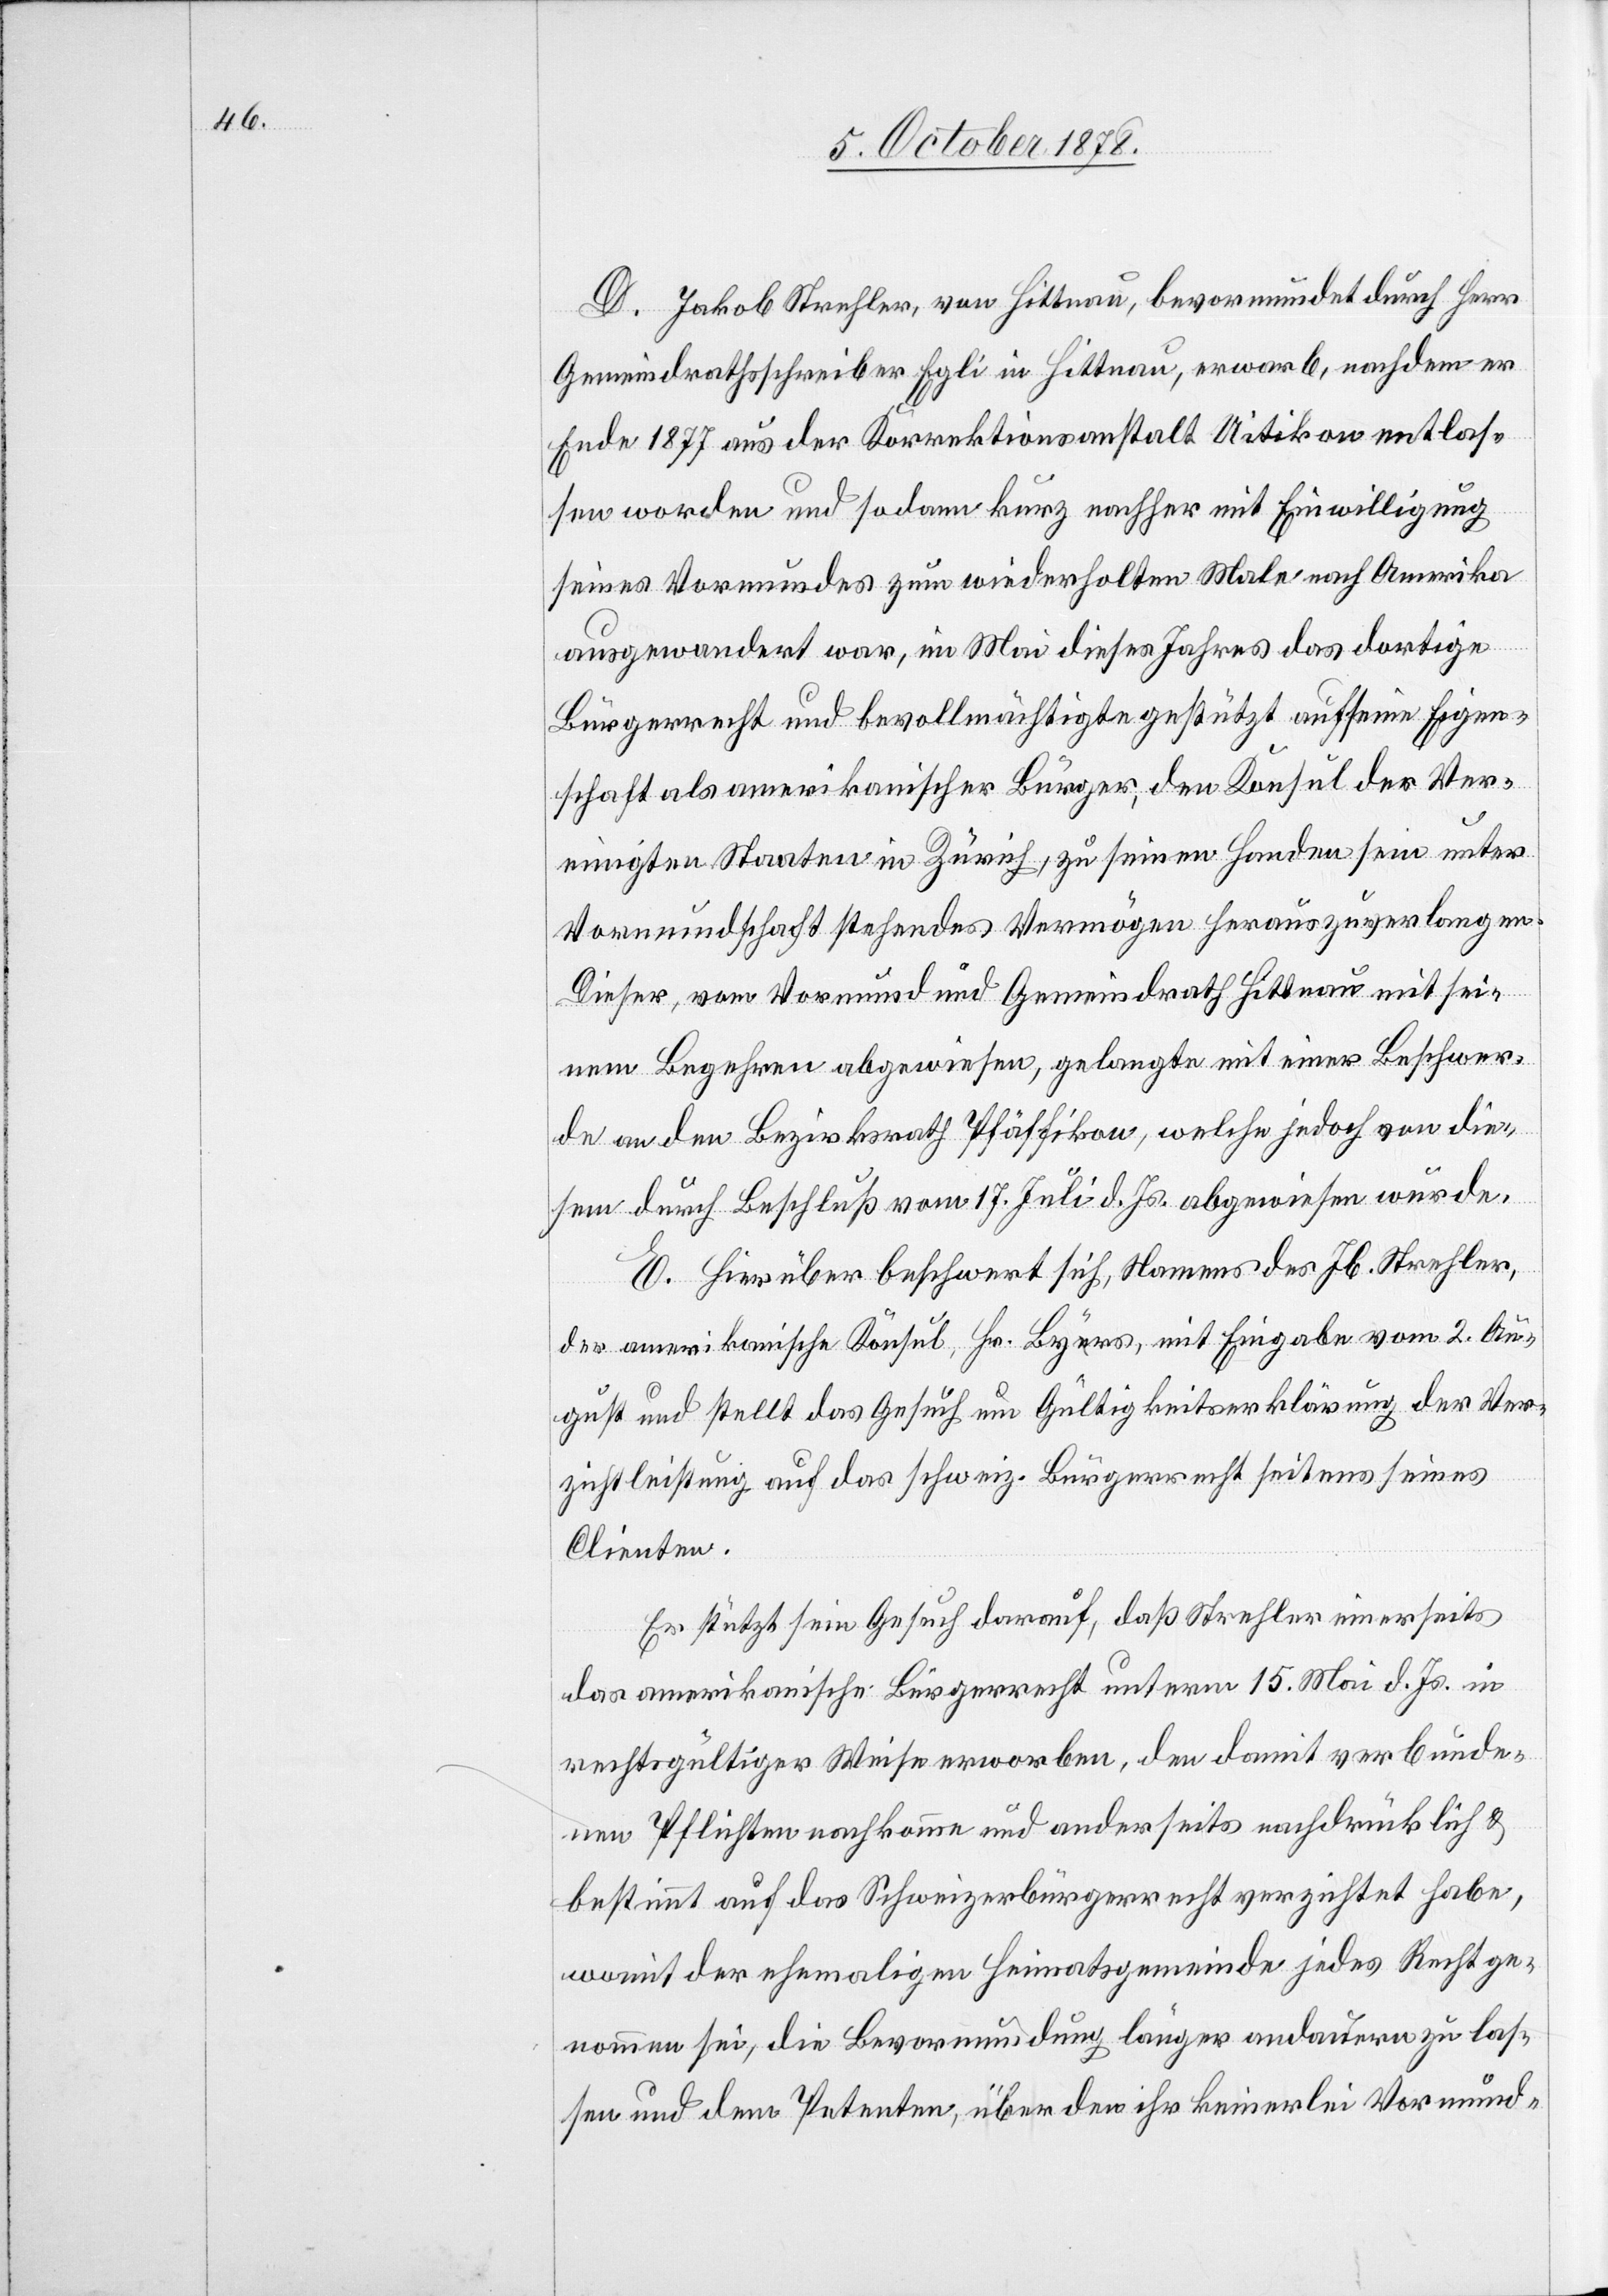
D. Jakob Strehler, von Hittnau, bevormundet durch Herr
Gemeindrathsschreiber Egli in Hittnau, erwarb, nachdem er
Ende 1877 aus der Korrektionsanstalt Uitikon entlas¬
sen worden und sodann kurz nachher mit Einwilligung
seines Vormundes zum wiederholten Male nach Amerika
ausgewandert war, im Mai dieses Jahres das dortige
Bürgerrecht und bevollmächtigte gestützt auf seine Eigen¬
schaft als amerikanischer Bürger, den Konsul der Ver¬
einigten Staaten in Zürich, zu seinen Handen sein unter
Vormundschaft stehendes Vermögen herauszuverlangen.
Dieser, vom Vormund und Gemeindrath Hittnau mit sei¬
nem Begehren abgewiesen, gelangte mit einer Beschwer¬
de an den Bezirksrath Pfäffikon, welche jedoch von die¬
sem durch Beschluß vom 17. Juli d. Js. abgewiesen wurde.
E. Hierüber beschwert sich, Namens des Jb. Strehler,
der amerikanische Konsul, Hr. Byrs, mit Eingabe vom 2. Au¬
gust und stellt das Gesuch um Gültigkeitserklärung der Ver¬
zichtleistung auf das schweiz. Bürgerrecht seitens seines
Clienten.
Er stützt sein Gesuch darauf, daß Strehler einerseits
das amerikanische Bürgerrecht unterm 15. Mai d. Js. in
rechtgültiger Weise erworben, den damit verbunde¬
nen Pflichten nachkomme und anderseits nachdrücklich &
bestimmt auf das Schweizerbürgerrecht verzichtet habe,
womit der ehemaligen Heimatsgemeinde jedes Recht ge¬
nommen sei, die Bevormundung länger andauern zu las¬
sen und dem Petenten, über den ihr keinerlei Vormund-